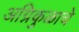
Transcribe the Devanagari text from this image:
अग्निकुळाचे